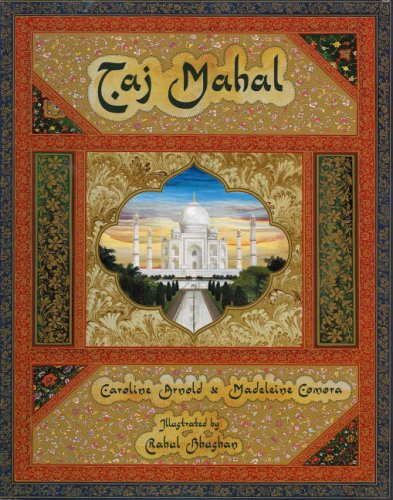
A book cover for Taj Mahal; Caroline Arnold; Teen & Young Adult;